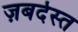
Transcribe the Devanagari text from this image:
ज़बर्दस्‍त